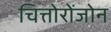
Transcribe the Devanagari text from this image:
चित्तोरोंजोन